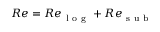
R e = R e _ { \mathrm { ~ l ~ o ~ g ~ } } + R e _ { \mathrm { ~ s ~ u ~ b ~ } }